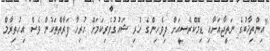
"އިންތިޚާބުގެ ނަތީޖާއަށާއި ޑިމޮކްރެސީއަށް ދިވެހިންގެ ހުރި ޝައުގުވެރިކަމަށް ހުރިހާ ފަރާތްތަކުން ވެސް އިހުތިރާމް